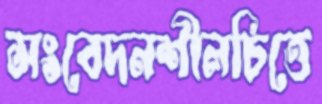
সংবেদনশীলচিত্তে